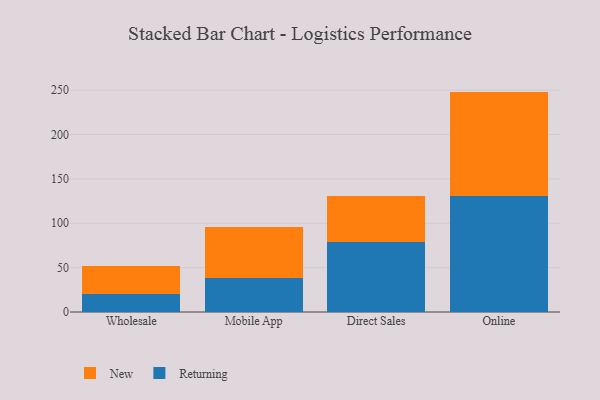
{"axis": {"x": "Channel", "y": "Waste Production (Tons)"}, "legend": ["New", "Returning"], "data": [{"x": "Wholesale", "y": 19.9, "type": "Returning"}, {"x": "Wholesale", "y": 31.4, "type": "New"}, {"x": "Mobile App", "y": 38.5, "type": "Returning"}, {"x": "Mobile App", "y": 56.8, "type": "New"}, {"x": "Direct Sales", "y": 78.8, "type": "Returning"}, {"x": "Direct Sales", "y": 51.4, "type": "New"}, {"x": "Online", "y": 130.4, "type": "Returning"}, {"x": "Online", "y": 118.0, "type": "New"}]}